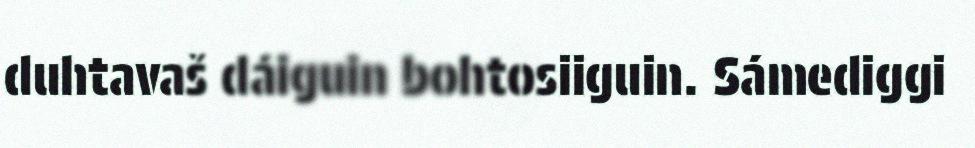
duhtavaš dáiguin bohtosiiguin. Sámediggi